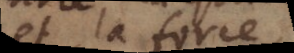
et la force,